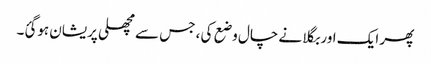
پھر ایک اور بگلا نے چال وضع کی ، جس سے مچھلی پریشان ہوگئ۔